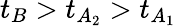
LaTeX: t_{B}>t_{A_{2}}>t_{A_{1}}